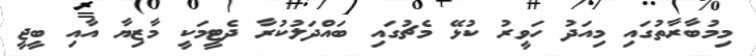
މިމުބާރާތުގައި މިއަދު ހަވީރު ކުޅޭ މެޗުގައި ބައްދަލުކުރާ ދެޓީމަކީ މާޒިޔާ އާއި ބީޖީ